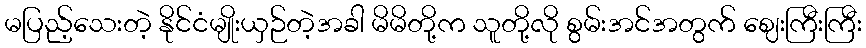
မပြည့်သေးတဲ့ နိုင်ငံမျိုးယှဉ်တဲ့အခါ မိမိတို့က သူတို့လို စွမ်းအင်အတွက် ဈေးကြီးကြီး